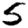
Digit: 5